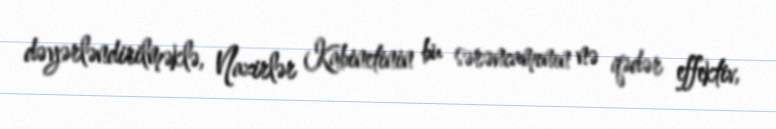
dəyərləndirilməklə, Nazirlər Kabinetinin bu sərəncamının nə qədər effektiv,